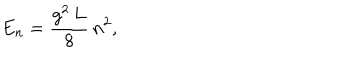
LaTeX: E _ { n } = { \frac { g ^ { 2 } \, L } { 8 } } \, n ^ { 2 } ,